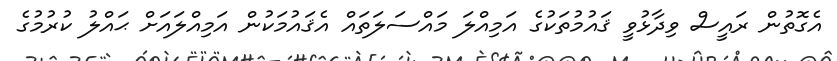
އެގޮތުން ރައީސް ވިދާޅުވީ ޤައުމުތަކުގެ އަމިއްލަ މައްސަލަތައް އެޤައުމަކުން އަމިއްލައަށް ޙައްލު ކުރުމުގެ